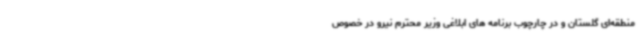
منطقه‌ای گلستان و در چارچوب برنامه های ابلاغی وزیر محترم نیرو در خصوص